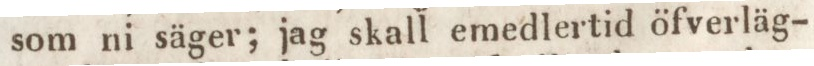
som ni säger; jag skall emedlertid öfverläg-